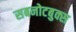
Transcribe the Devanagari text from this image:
सबनोटबुक्स